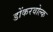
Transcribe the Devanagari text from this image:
डोंकरवोल्क